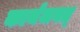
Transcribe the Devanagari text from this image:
कार्यजगत्